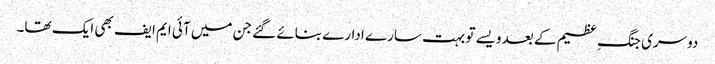
دوسری جنگ ِ عظیم کے بعد ویسے تو بہت سارے ادارے بنائے گئے جن میں آئی ایم ایف بھی ایک تھا۔